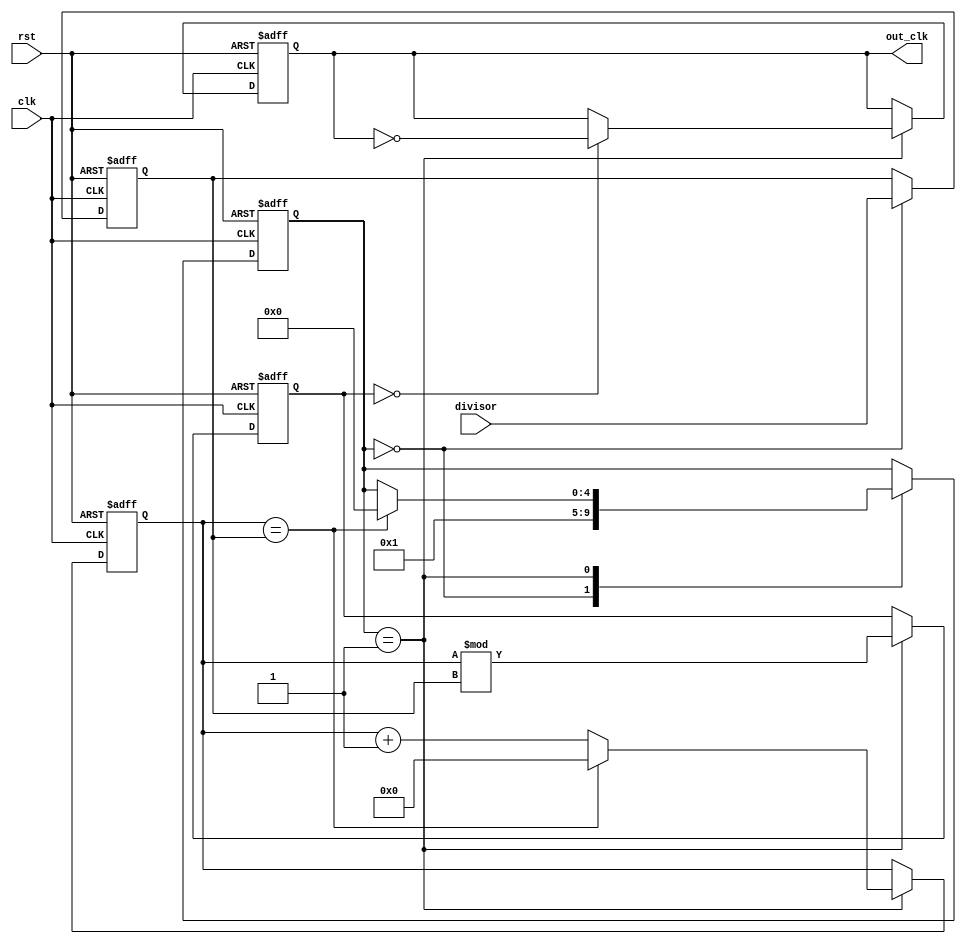
module floating_point_clock_divider (
    input wire clk,
    input wire rst,
    input wire [31:0] divisor,
    output reg out_clk
);

reg [31:0] count;
reg [4:0] state;
reg [31:0] mantissa;
reg [5:0] exponent;
reg [31:0] remainder;

always @(posedge clk or posedge rst) begin
    if (rst) begin
        count <= 0;
        state <= 0;
        mantissa <= 0;
        exponent <= 0;
        remainder <= 0;
        out_clk <= 0;
    end else begin
        case(state)
            0: begin // Load divisor to mantissa and set state to divide
                mantissa <= divisor;
                state <= 1;
            end
            1: begin // Divide clock by mantissa
                remainder <= count % mantissa;
                if (remainder == 0) begin
                    out_clk <= ~out_clk;
                end
                count <= count + 1;
                if (count == mantissa) begin
                    count <= 0;
                    state <= 0;
                end
            end
        endcase
    end
end

endmodule